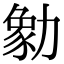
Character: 勨